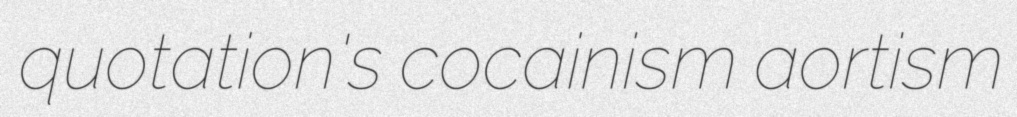
quotation's cocainism aortism